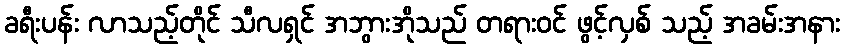
ခရီးပန်း လာသည့်တိုင် သီလရှင် အဘွားအိုသည် တရားဝင် ဖွင့်လှစ် သည့် အခမ်းအနား